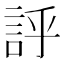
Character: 𧦝